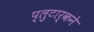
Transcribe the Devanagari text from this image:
प्लुटार्कने